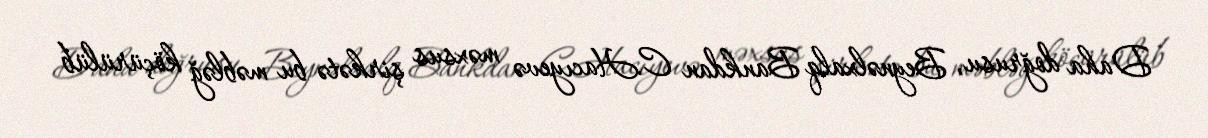
Daha doğrusu, Beynəlxalq Bankdan C.Hacıyevə məxsus şirkətə bu məbləğ köçürülüb